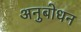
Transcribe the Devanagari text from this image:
अनुबोधन